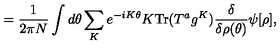
= \frac { 1 } { 2 \pi N } \int d \theta \sum _ { K } e ^ { - i K \theta } K \mathrm { T r } ( T ^ { a } g ^ { K } ) \frac { \delta } { \delta \rho ( \theta ) } \psi [ \rho ] ,